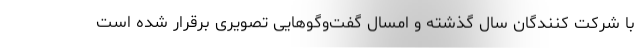
با شرکت کنندگان سال گذشته و امسال گفت‌وگوهایی تصویری برقرار شده است